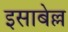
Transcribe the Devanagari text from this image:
इसाबेल्ल